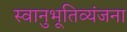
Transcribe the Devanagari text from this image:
स्वानुभूतिव्यंजना